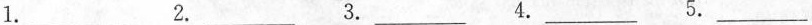
1._________2. _________3._________ 4._________5._________